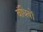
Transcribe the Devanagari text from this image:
बंधियों